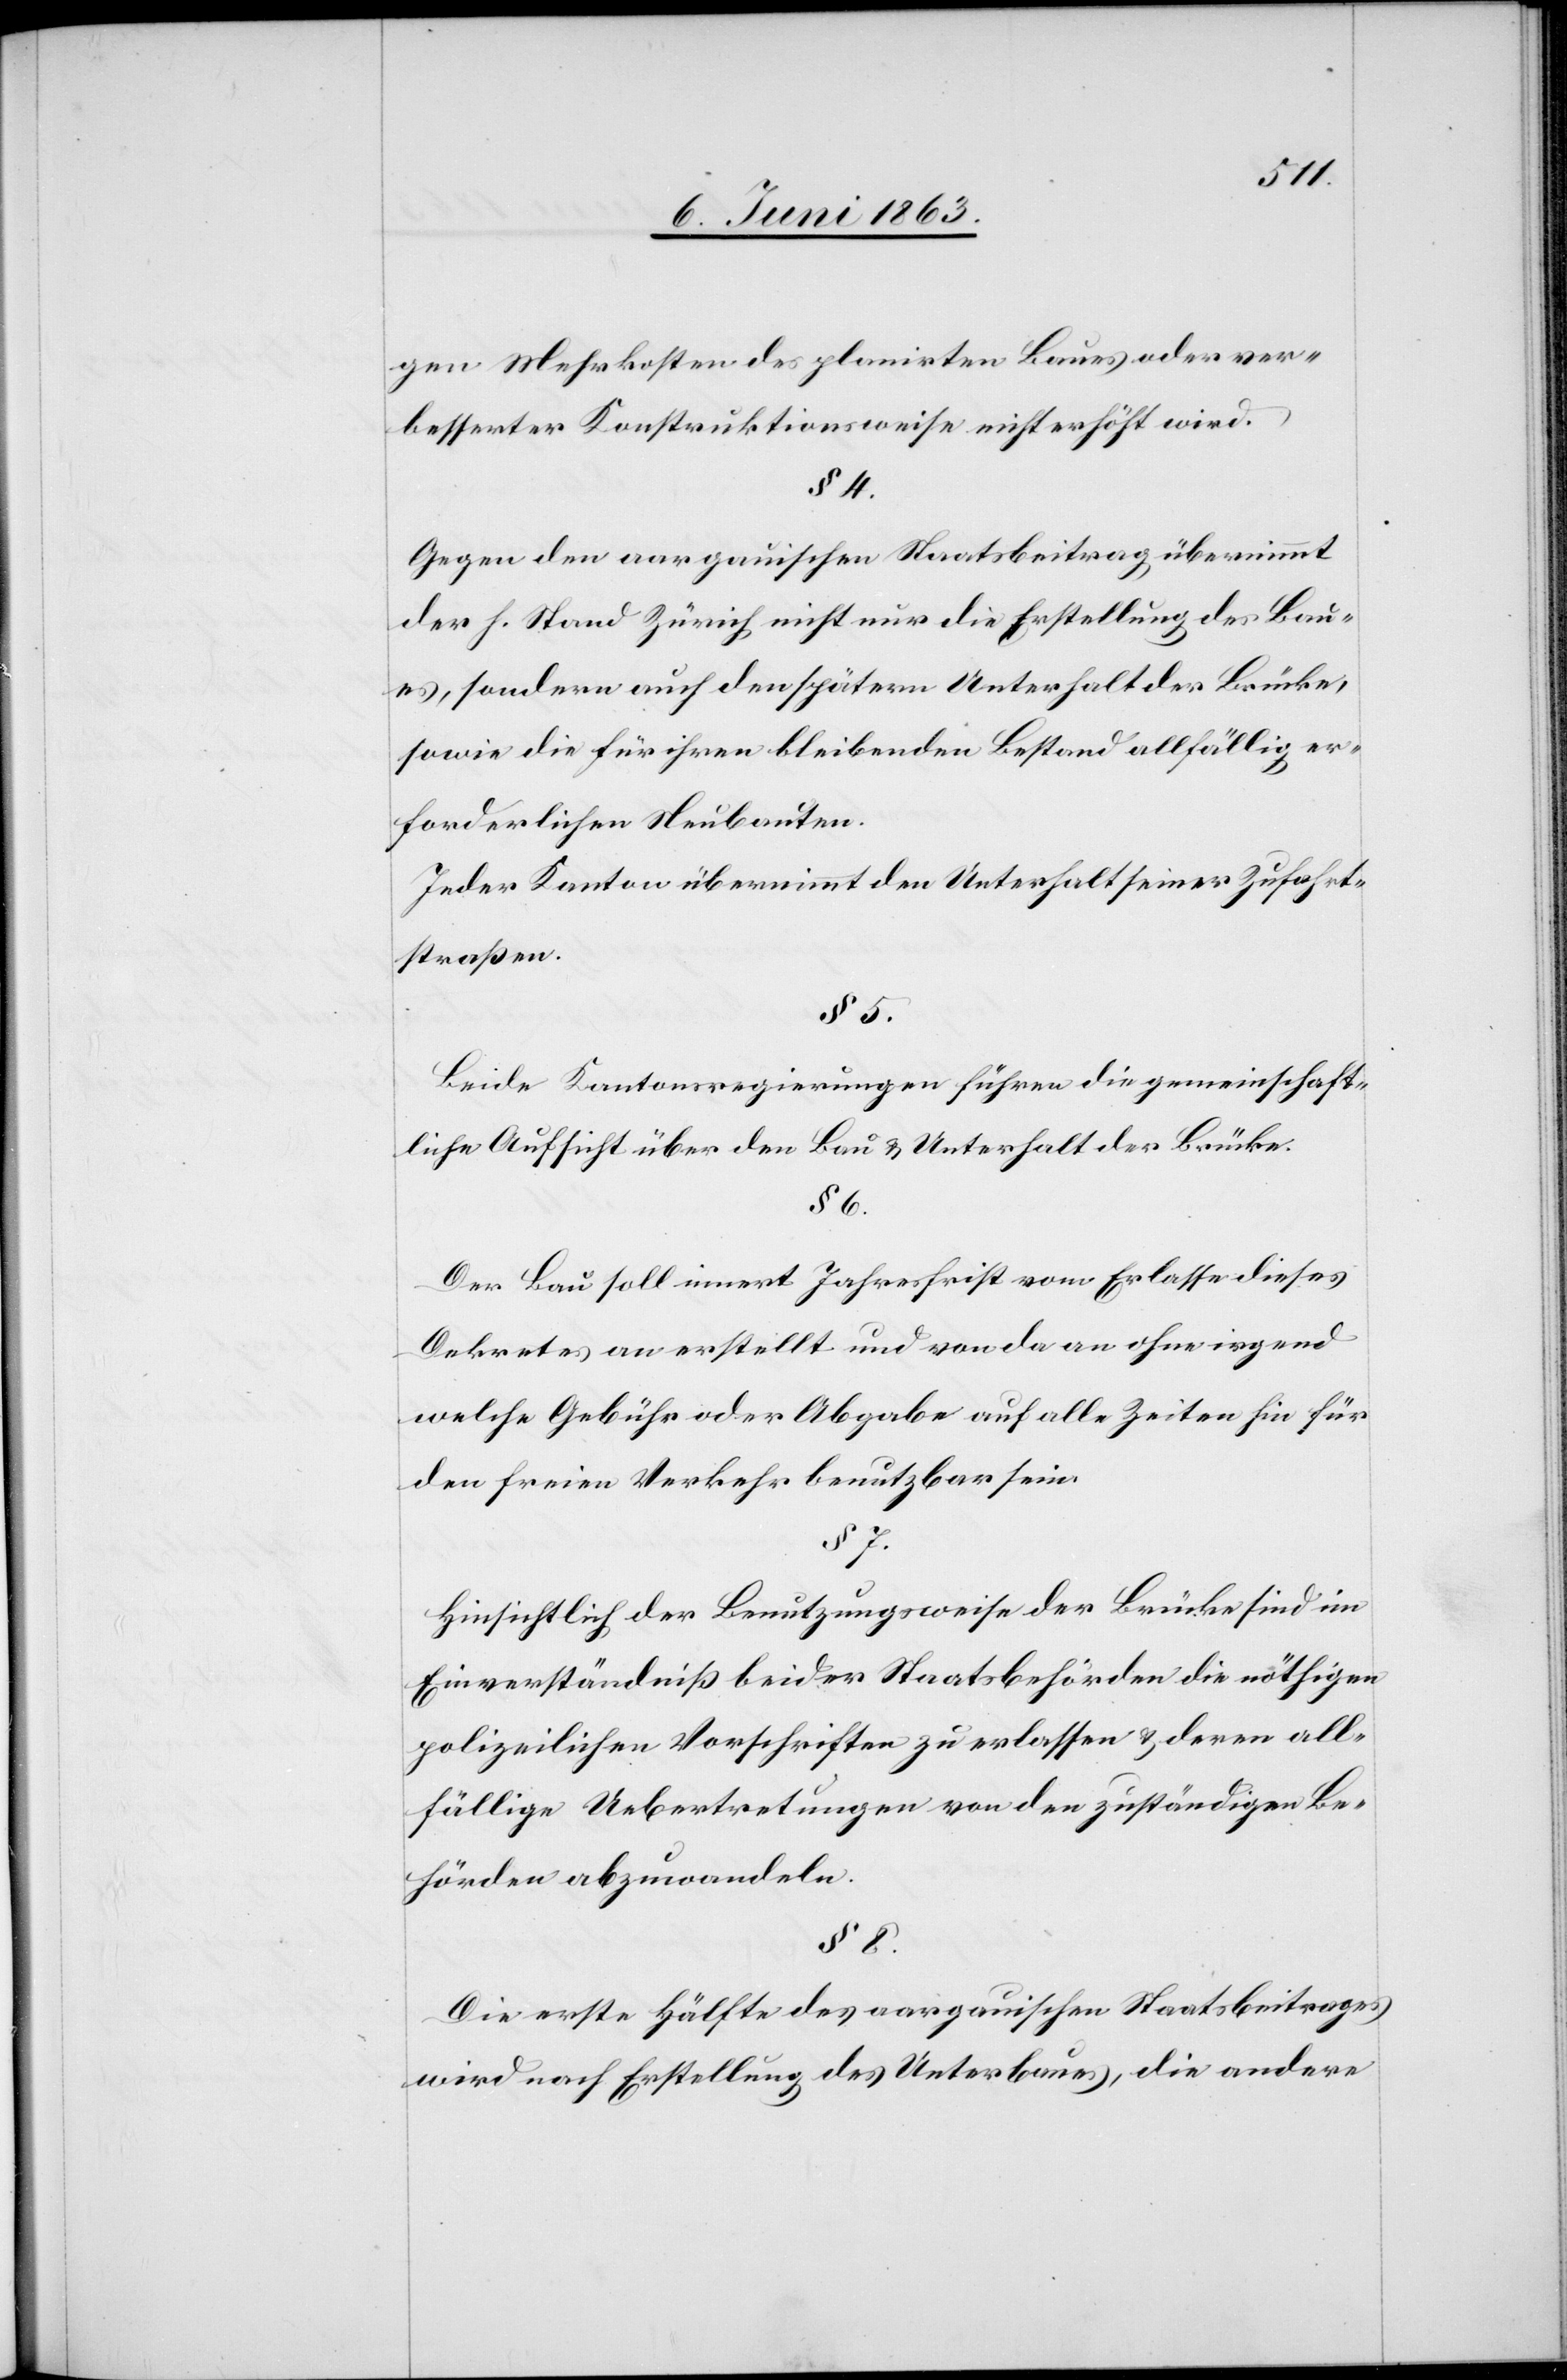
gen Mehrkosten des planirten Baues oder ver¬
besserter Konstruktionsweise nicht erhöht wird.
§ 4.
Gegen den aargauischen Staatsbeitrag übernimmt
der h. Stand Zürich nicht nur die Erstellung des Bau¬
es, sondern auch den spätern Unterhalt der Brücke,
sowie die für ihren bleibenden Bestand allfällig er¬
forderlichen Neubauten.
Jeder Kanton übernimmt den Unterhalt seiner Zufahrt¬
straßen.
§ 5.
Beide Kantonsregierungen führen die gemeinschaft¬
liche Ansicht über den Bau & Unterhalt der Brücke.
§ 6.
Der Bau soll innert Jahresfrist vom Erlasse dieses
Dekretes an erstellt und von da an ohne irgend
welche Gebühr oder Abgabe auf alle Zeiten hin für
den freien Verkehr benutzbar sein.
§ 7.
Hinsichtlich der Benutzungsweise der Brücke sind im
Einverständniß beider Staatsbehörden die nöthigen
polizeilichen Vorschriften zu erlassen & deren all¬
fällige Uebertretungen von den zuständigen Be¬
hörden abzuwandeln.
§ 8.
Die erste Hälfte des aargauischen Staatsbeitrages
wird nach Erstellung des Unterbaues, die andere